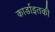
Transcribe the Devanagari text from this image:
कार्डाइतकी